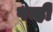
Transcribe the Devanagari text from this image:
पन्हीं